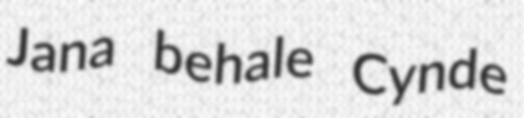
Jana behale Cynde